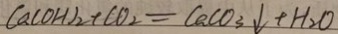
C a ( O H ) _ { 2 } + C O _ { 2 } = C a C O _ { 3 } \downarrow + H _ { 2 } O